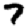
Digit: 7